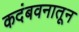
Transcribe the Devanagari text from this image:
कदंबवनातून